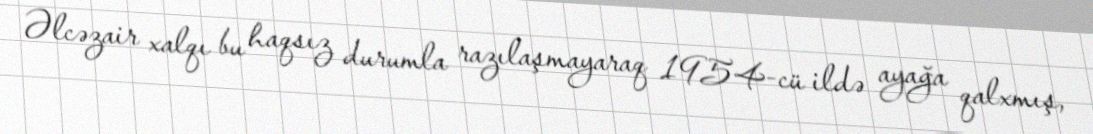
Əlcəzair xalqı bu haqsız durumla razılaşmayaraq 1954-cü ildə ayağa qalxmış,